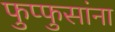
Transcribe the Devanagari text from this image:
फुप्फुसांना